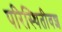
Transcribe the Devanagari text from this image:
परिस्थितीवश